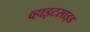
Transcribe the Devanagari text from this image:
व्हाइटसाइड